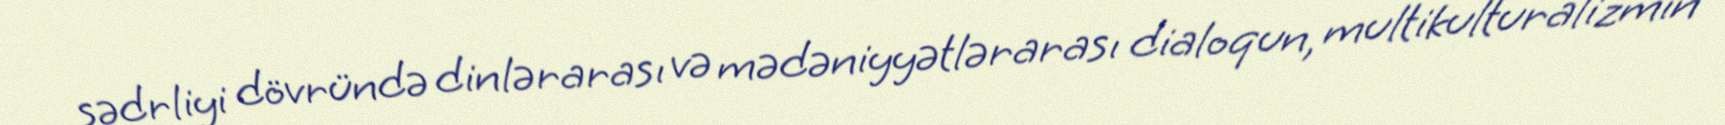
sədrliyi dövründə dinlərarası və mədəniyyətlərarası dialoqun, multikulturalizmin